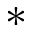
*